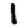
Digit: 1